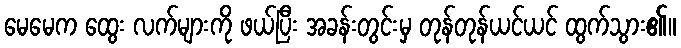
မေမေက ထွေး လက်များကို ဖယ်ပြီး အခန်းတွင်းမှ တုန်တုန်ယင်ယင် ထွက်သွား၏။